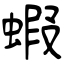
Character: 蝦